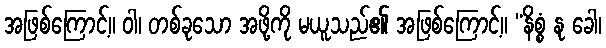
အဖြစ်ကြောင့်။ ဝါ၊ တစ်ခုသော အဖို့ကို မယူသည်၏ အဖြစ်ကြောင့်။ “နိစ္စံ နု ခေါ၊